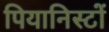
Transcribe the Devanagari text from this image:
पियानिस्टों